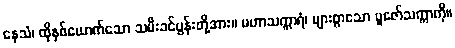
နေသံ၊ ထိုနှစ်ယောက်သော သမီးခင်ပွန်းတို့အား။ မဟာသက္ကာရံ၊ များစွာသော ပူဇော်သက္ကာကို။